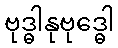
ဗုဒ္ဓါနုဗုဒ္ဓေါ